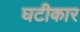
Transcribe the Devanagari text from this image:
घटीकार